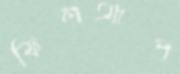
ফিলআপ